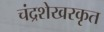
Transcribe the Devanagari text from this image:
चंद्रशेखरकृत